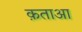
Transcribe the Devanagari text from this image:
क़ताआ